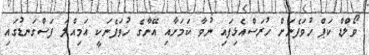
ވޯލްޑް ކަޕް ހުވަފެނަށް ހުރަސްއެޅިފައި ނުވާ ކަމަށާއި އޭނާގެ ހުވަފެނަކީ އަމިއްލަ ފަސްގަނޑުގައި